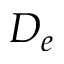
D _ { e }